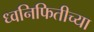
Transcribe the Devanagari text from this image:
ध्वनिफितीच्या